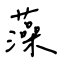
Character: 藻